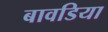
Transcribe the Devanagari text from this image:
बावडिया